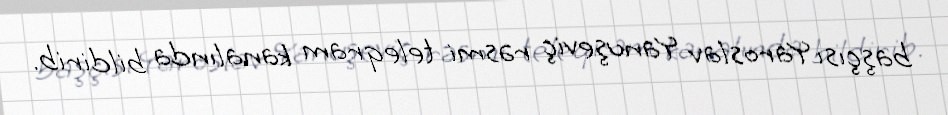
başçısı Yaroslav Yanuşeviç rəsmi teleqram kanalında bildirib.